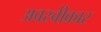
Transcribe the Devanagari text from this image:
अवस्वीकार